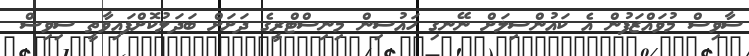
ސާވިސް މުވައްޒަފުން އެ ކައުންސިލަށް ނޭނގި ހައުސިން މިނިސްޓްރީގެ ދަށަށް ބަދަލުކޮށްފައިވާތީ ސިވިސް